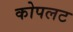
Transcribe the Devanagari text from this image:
कोपलट